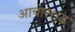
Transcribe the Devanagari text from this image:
आचारशुद्ध